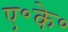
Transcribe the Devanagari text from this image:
ए॰के॰